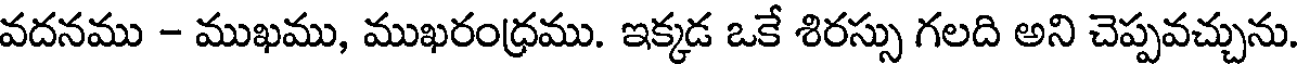
వదనము - ముఖము, ముఖరంధ్రము. ఇక్కడ ఒకే శిరస్సు గలది అని చెప్పవచ్చును.